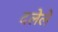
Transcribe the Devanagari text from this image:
दलेले